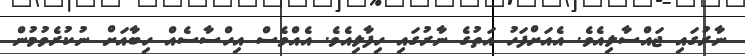
ނާރުގައި ޖައްސާލިއެވެ. އެއަށްފަހު އަތުގެ ނާރުގައި ހިފާލިއެވެ. އެއްވެސް އިހްސާސެއް ހިބާއަށް ނުކުރެވުމުން